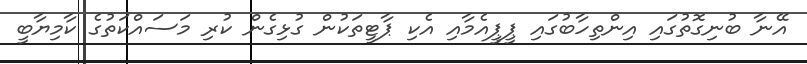
އޭނާ ބުނިގޮތުގައި އިންތިހާބުގައި ޕީޕީއެމާއި އެކި ޕާޓީތަކުން ގުޅިގެން ކުރި މަސައްކަތުގެ ކާމިޔާބީ